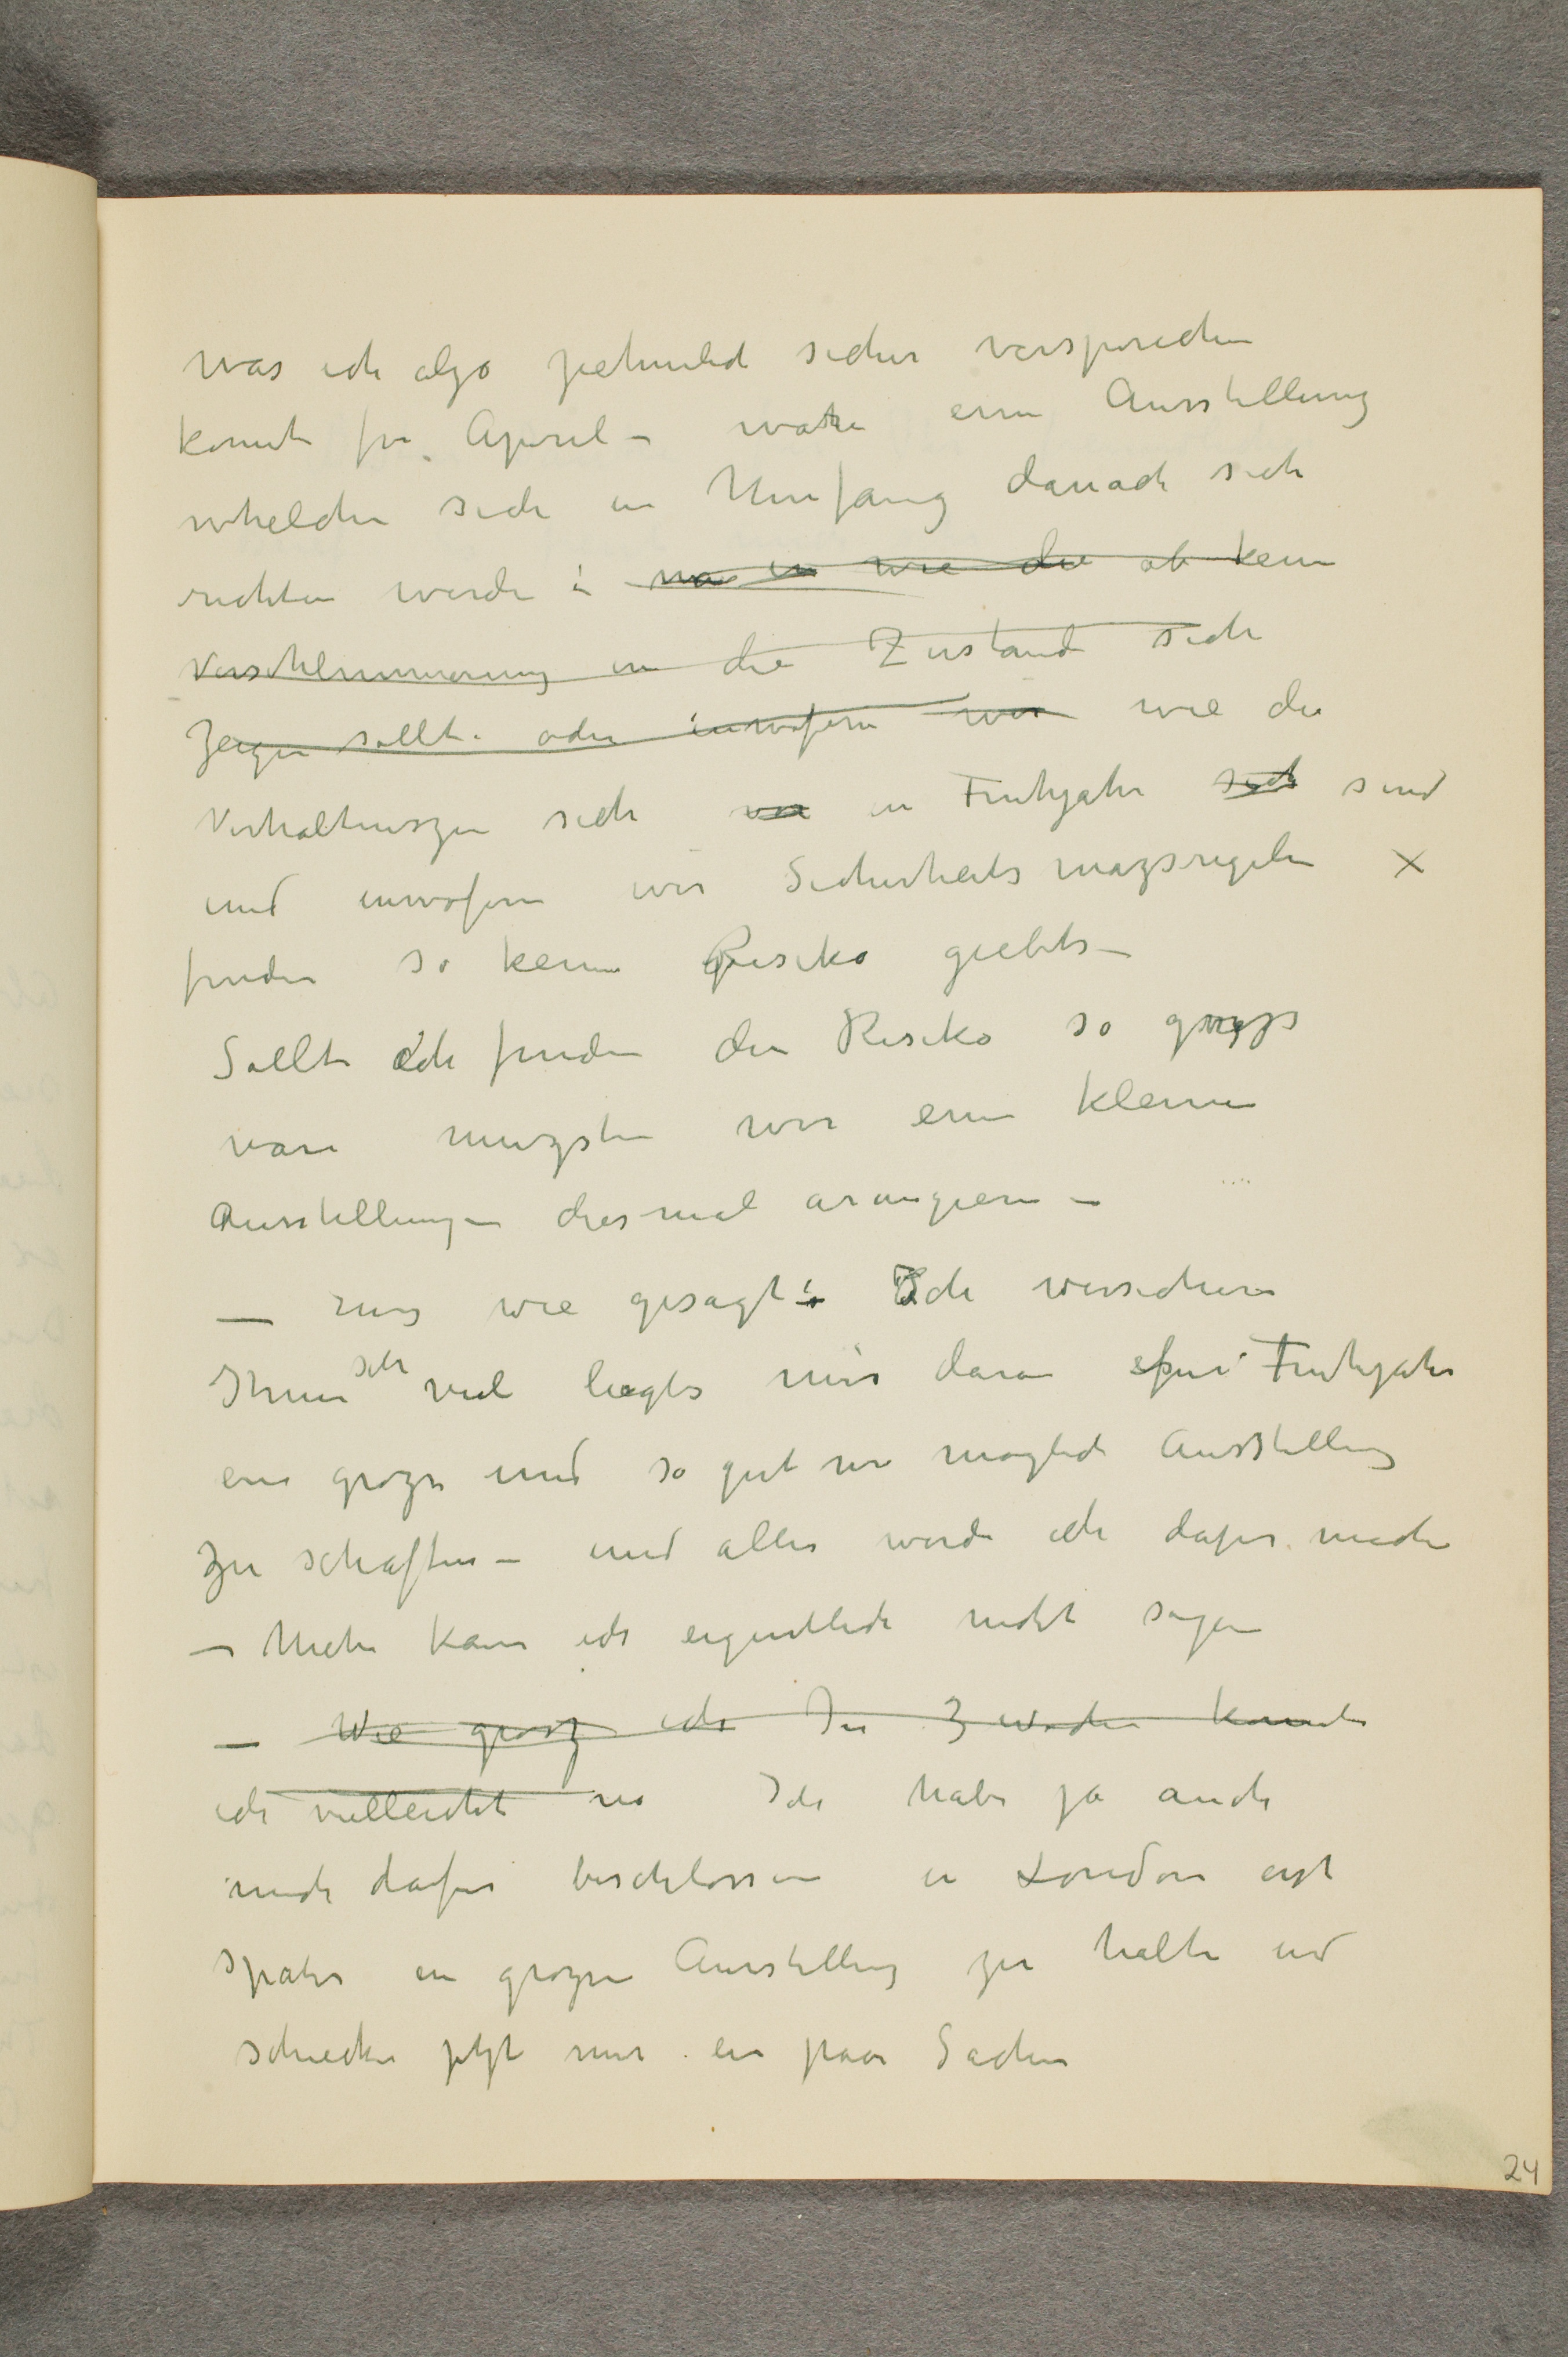
was ich alzo ziehmlich sicher versprechen
konnte fur April - ware eine Ausstellung
whelche sich an Umfang danach sich
richten werde in was in wie die ab keine
Verschlimmerung in die Zustand sich
Zeigen sollte oder inwiefern wir wie die
Verhaltnisze sich ... in Fruhjahr sich sind
und inwiefern wir Sicherheits mazsregeln x
finden so keine Risiko giebts -
- Sollte ich finden der Risiko so grozs
dann muzsten wir eine kleinere
Ausstellung - diesmal arangieren -
- denn wie gesagt: Ich versichere
Ihnen sehr viel liegts mir daran fur Fruhjahr
ein grozse und so gut wie moglich Ausstellung
zu schaffen - und alles werde ich dafur machen
- Mehr kann ich eigentlich nicht sagen
- Wie grosz ich In 3 wochen konnte
ich vielleicht in Ich habe ja auch
mich dafur beschlossen in London erst
spater ein grozse Ausstellung zu halten und
schiecke jetzt nur ein paar Sachen